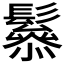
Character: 𩯑